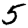
Digit: 5